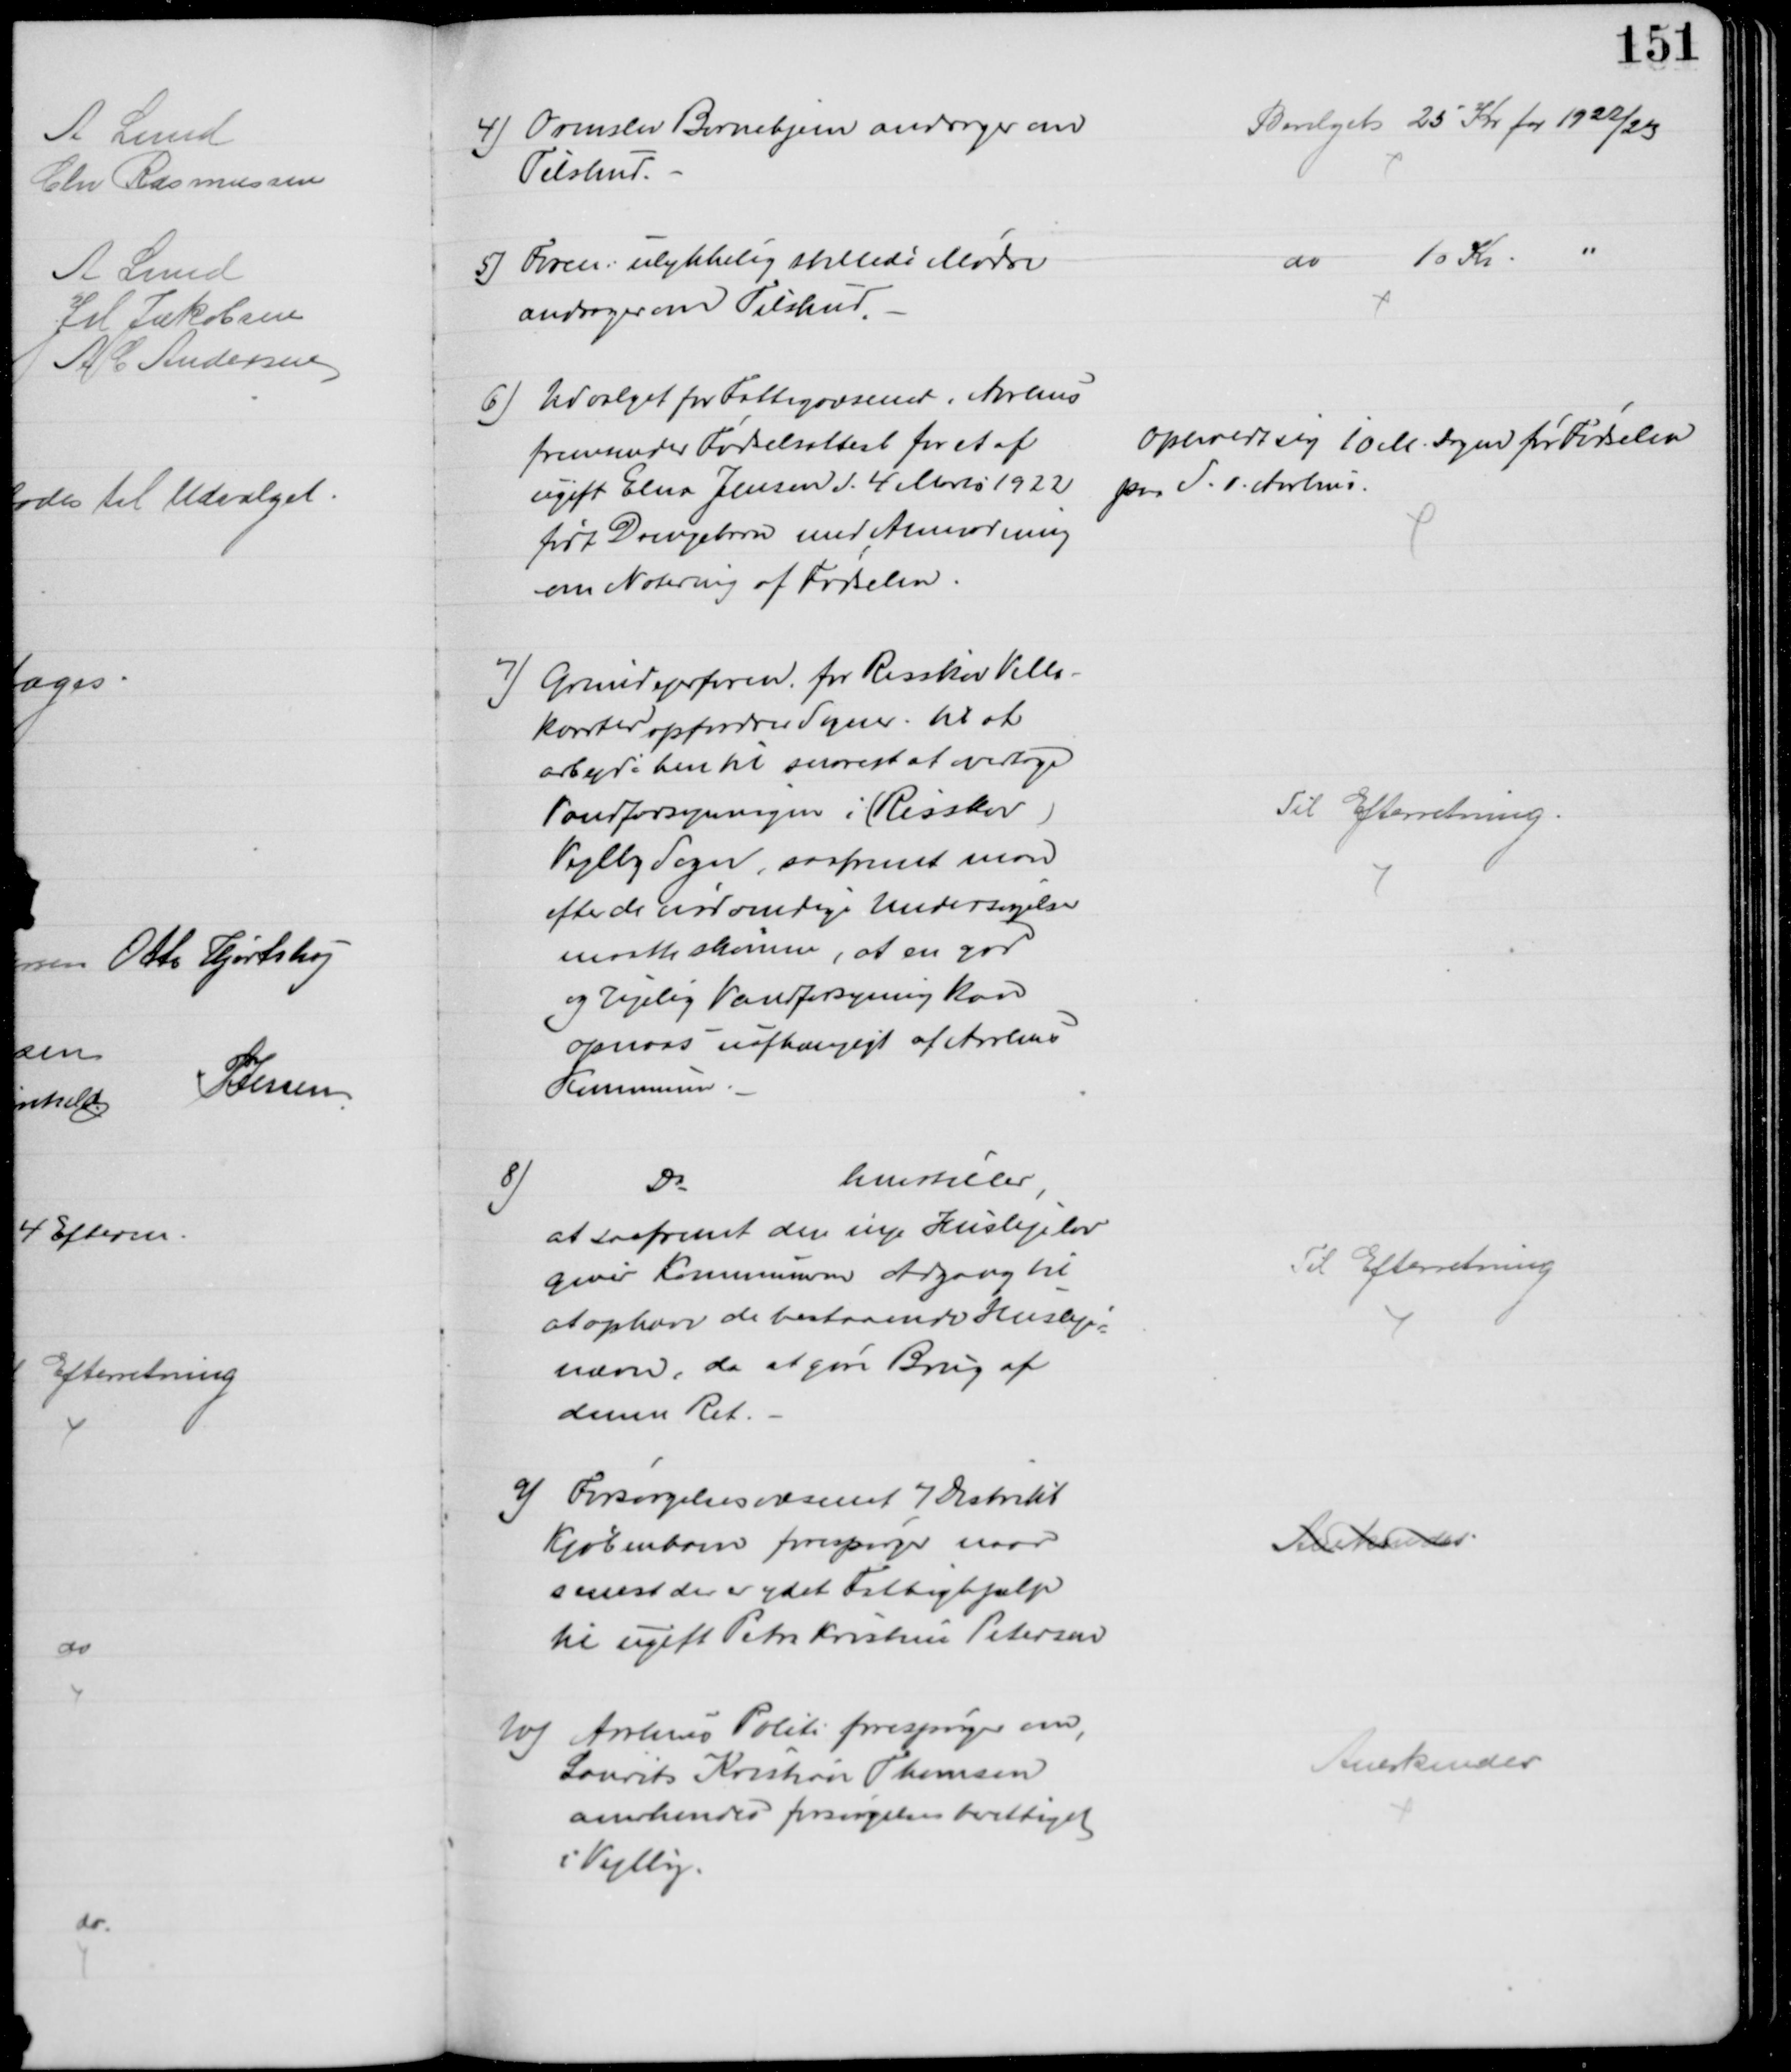
Transskription:
4) Ormslev Børnehjem andrager om
Tilskud.
Bevilget 25 Kr for 1922/23
5) Foren: ulykkelig stillede Mødre
andrager om Tilskud.
do
10 Kr
6) Udvalget for Fattigvæsenet i Aarhus
fremsender Fødselsattest for et af
ugift Elna Jensen d. 4 Marts 1922
født Drengebarn med Anmodning
om Notering af Fødselen.
Opholdt sig 10 M Dagen for Fødselen
paa S. v. Aarhus.
7) Grundejerforen. for Risskov Villa-
kvarter opfordrer Sogner. til at
arbejde hen til snarest at overtage
Vandforsyningen i (Risskov)
Vejlby Sogn, saafremt man
efter de nødvendige Undersøgelser
maatte skønne, at en god
og rigelig Vandforsyning kan
opnaas uafhængigt af Aarhus
Kommune
Til Efterretning
8)
Do
henstiller,
at saafremt den nye Huslejelov
giver Kommunen Adgang til
at ophæve de bestaaende Husleje=
nævn, da at gøre Brug af
denne Ret.
Til Efterretning
9) Forsørgelsesvæsenet 7 Distrikt
Kjøbenhavn forespørger naar
senest er ydet Fattighjælp
til ugift Petra Kristine Petersen
Anerkendes
10) Aarhus Politi forespørger om,
Laurits Kristian Thomsen
anerkendes forsørgelsesberettiget 
i Vejlby.
Anerkendes